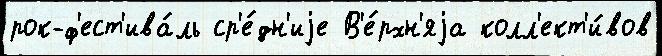
рок-ф'ест'ива́ль ср'е́дн'иjе В'е́рхн'яjа колл'ект'и́вов